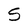
Character: S